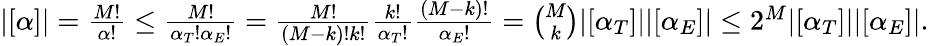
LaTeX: \begin{array}{r}{|[\alpha]|=\frac{M!}{\alpha!}\le\frac{M!}{\alpha_{T}!\alpha_{E}!}=\frac{M!}{(M-k)!k!}\frac{k!}{\alpha_{T}!}\frac{(M-k)!}{\alpha_{E}!}=\binom{M}{k}|[\alpha_{T}]||[\alpha_{E}]|\le 2^{M}|[\alpha_{T}]||[\alpha_{E}]|.}\end{array}